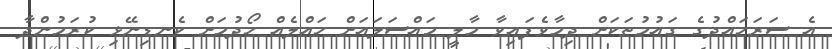
އެ ސަރަހައްދުގެ ގައުމުތަކަށް ދިމާވެފައިވާ މާލީ މައްސަލައަށް ހައްލެއް ހޯދުމަށް ކެނޑިނޭޅި ކުރަމުންދާ